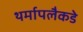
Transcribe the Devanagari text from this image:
थर्मापलैकडे